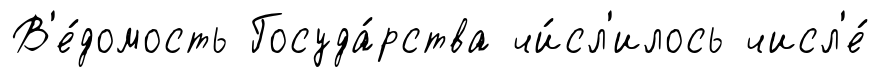
В'е́домость Госуда́рства чи́сл'илось числ'е́